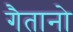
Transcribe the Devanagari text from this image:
गैतानो